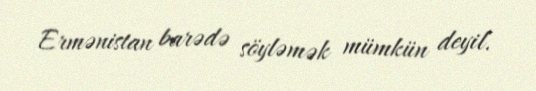
Ermənistan barədə söyləmək mümkün deyil.